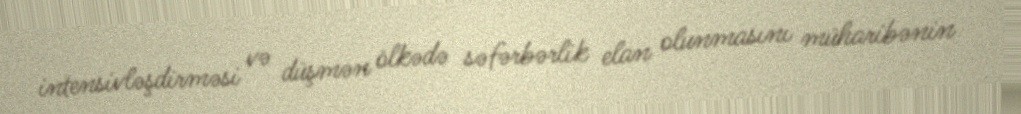
intensivləşdirməsi və düşmən ölkədə səfərbərlik elan olunmasını müharibənin